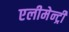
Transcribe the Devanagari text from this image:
एलीमेन्ट्री